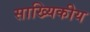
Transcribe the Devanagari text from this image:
साख्यिकीय